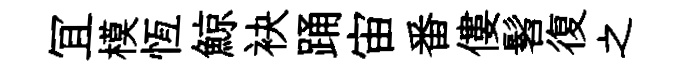
冝模恆鯨袂踊宙番僂髫復之